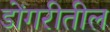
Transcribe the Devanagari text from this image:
डोंगरीतील